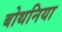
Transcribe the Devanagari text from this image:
बोथनिया